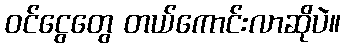
ဝင်ငွေတွေ တယ်ကောင်းလာဆိုပဲ။